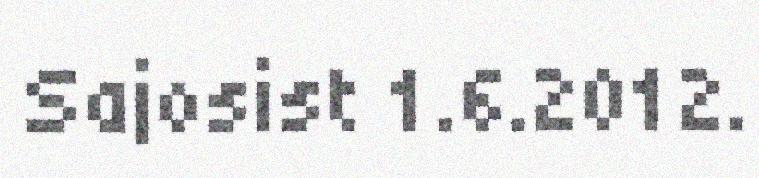
Sajosist 1.6.2012.